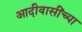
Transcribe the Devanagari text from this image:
आदीवासींच्या